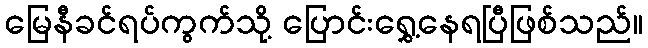
မြေနီခင်ရပ်ကွက်သို့ ပြောင်းရွှေ့နေရပြီဖြစ်သည်။